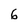
Character: 6